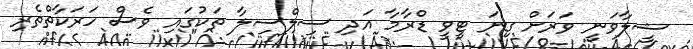
ޝީލާވަނީ ވަރަށް ގިނަ ޓީވީ ޑްރާމާ އަދި ސިލްސިލާ ތަކުގައި ވެސް ހަރަކާތްތެރި